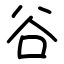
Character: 谷